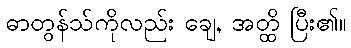
ဓာတွန်သ်ကိုလည်း ချေ, အတ္ထိ ပြီး၏။